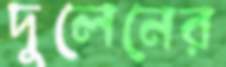
দুলেনের